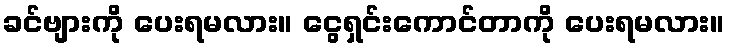
ခင်ဗျားကို ပေးရမလား။ ငွေရှင်းကောင်တာကို ပေးရမလား။